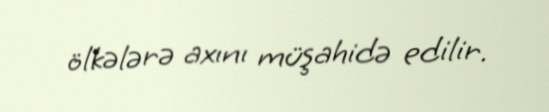
ölkələrə axını müşahidə edilir.